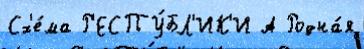
Сх'е́ма Р'ЕСПУ́БЛ'ИК'И А Родна́я